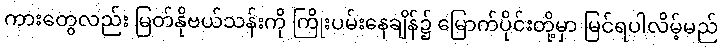
ကားတွေလည်း မြတ်နိုဗယ်သန်းကို ကြိုးပမ်းနေချိန်၌ မြောက်ပိုင်းတို့မှာ မြင်ရပါလိမ့်မည်